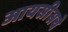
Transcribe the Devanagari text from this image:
आयसीसचे